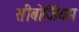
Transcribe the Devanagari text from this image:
सीबोर्जियम